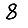
Digit: 8